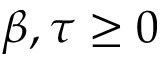
\beta , \tau \geq 0